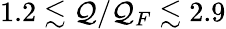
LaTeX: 1.2\lesssim\mathcal{Q}/\mathcal{Q}_{F}\lesssim2.9